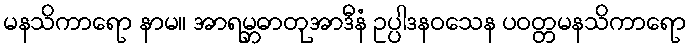
မနသိကာရော နာမ။ အာရမ္ဘဓာတုအာဒီနံ ဥပ္ပါဒနဝသေန ပဝတ္တမနသိကာရော